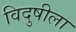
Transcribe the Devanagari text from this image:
विदुषीला